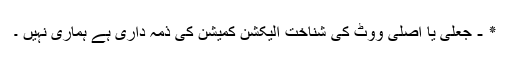
٭ - جعلی یا اصلی ووٹ کی شناخت الیکشن کمیشن کی ذمہ داری ہے ہماری نہیں ۔